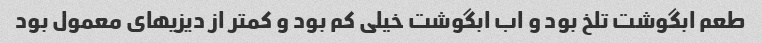
طعم ابگوشت تلخ بود و اب ابگوشت خیلی کم بود و کمتر از دیزیهای معمول بود